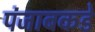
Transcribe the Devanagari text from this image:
पंजाबकडे